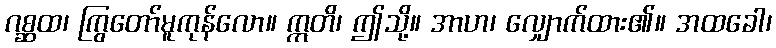
ဂစ္ဆထ၊ ကြွတော်မူကုန်လော။ ဣတိ၊ ဤသို့။ အာဟ၊ လျှောက်ထား၏။ အထခေါ၊